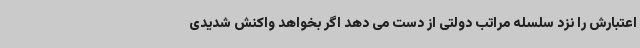
اعتبارش را نزد سلسله مراتب دولتی از دست می دهد اگر بخواهد واکنش شدیدی